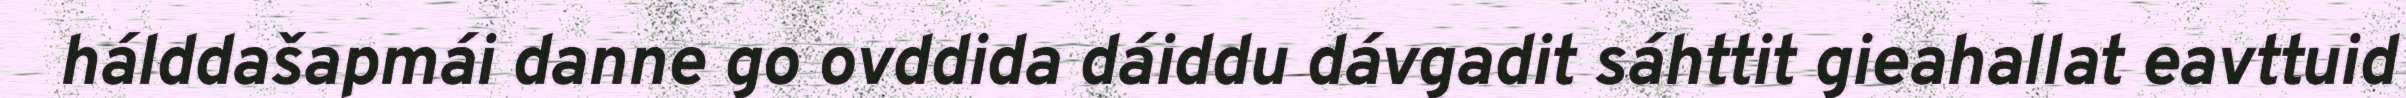
hálddašapmái danne go ovddida dáiddu dávgadit sáhttit gieahallat eavttuid